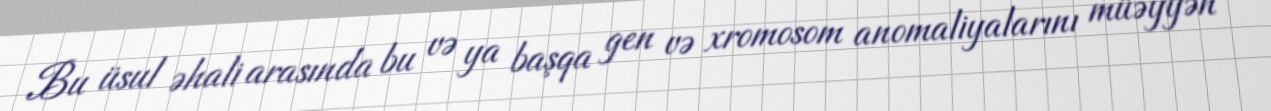
Bu üsul əhali arasında bu və ya başqa gen və xromosom anomaliyalarını müəyyən